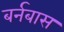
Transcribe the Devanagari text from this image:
बर्नबास